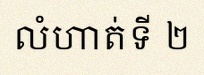
លំហាត់ទី ២